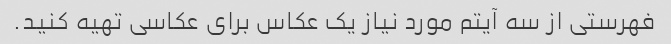
فهرستی از سه آیتم مورد نیاز یک عکاس برای عکاسی تهیه کنید.